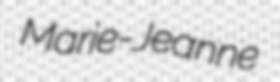
Marie-Jeanne